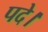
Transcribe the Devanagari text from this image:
पदे।